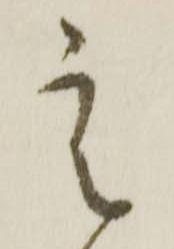
定